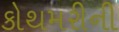
કોથમરીની